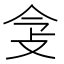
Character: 𢻶